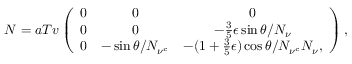
N = a T v \left( \begin{array} { c c c } { { 0 } } & { { 0 } } & { { 0 } } \\ { { 0 } } & { { 0 } } & { { - \frac { 3 } { 5 } \epsilon \sin \theta / N _ { \nu } } } \\ { { 0 } } & { { - \sin \theta / N _ { \nu ^ { c } } } } & { { - ( 1 + \frac { 3 } { 5 } \epsilon ) \cos \theta / N _ { \nu ^ { c } } N _ { \nu } , } } \end{array} \right) ,